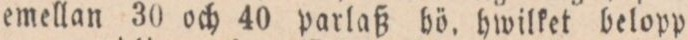
emellan 30 och 40 parlß hö. hwilket belopp